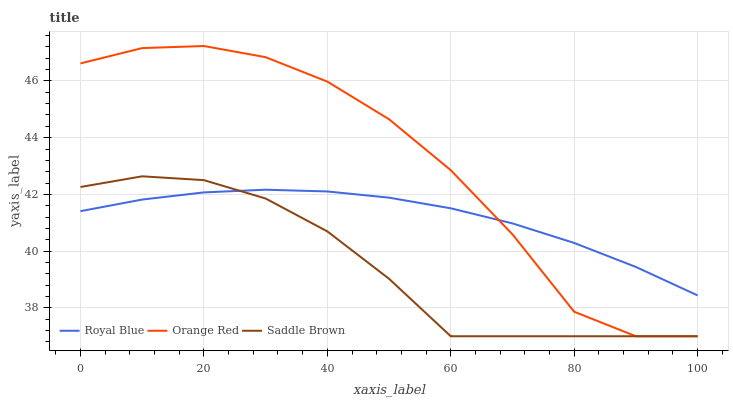
| xaxis_label | Royal Blue | Orange Red | Saddle Brown |
 | --- | --- | --- | --- |
 | 0 | 41.4 | 46.6 | 42.3 |
 | 10 | 41.8 | 47.2 | 42.6 |
 | 20 | 42.1 | 47.2 | 42.5 |
 | 30 | 42.2 | 46.8 | 41.9 |
 | 40 | 42.1 | 46 | 40.7 |
 | 50 | 41.9 | 44.6 | 39 |
 | 60 | 41.5 | 42.9 | 37 |
 | 70 | 41 | 40.6 | 37 |
 | 80 | 40.3 | 37.9 | 37 |
 | 90 | 39.4 | 37 | 37 |
 | 100 | 38.4 | 37 | 37 |